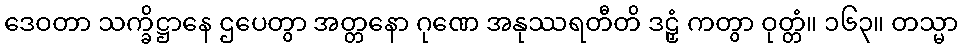
ဒေဝတာ သက္ခိဋ္ဌာနေ ဌပေတွာ အတ္တနော ဂုဏေ အနုဿရတီတိ ဒဠှံ ကတွာ ဝုတ္တံ။ ၁၆၃။ တသ္မာ